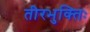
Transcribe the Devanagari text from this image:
तीरभुक्‍तिः